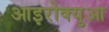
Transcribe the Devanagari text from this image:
आइरोक्युआ